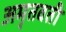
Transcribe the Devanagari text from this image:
अमृतवती